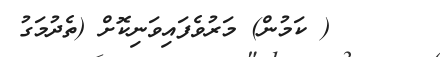
( ކަމުން) މަރުވެފައިވަނިކޮށް (ތެދުމަގު